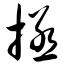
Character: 拯